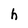
Character: h